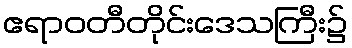
ဧရာဝတီတိုင်းဒေသကြီး၌